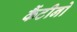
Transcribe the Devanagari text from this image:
कैंटीनो